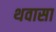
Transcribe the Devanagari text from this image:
थवासा